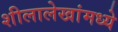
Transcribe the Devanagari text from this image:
शीलालेखांमध्ये